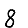
Digit: 8